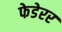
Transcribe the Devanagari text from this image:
फेडेरर